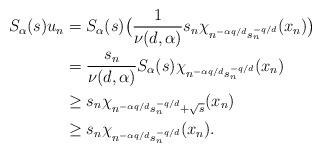
LaTeX: \begin{align*}S_{\alpha}(s)u_{n}&=S_{\alpha}(s)\big(\frac{1}{\nu(d,\alpha)}s_{n}\chi_{n^{-\alpha q/d}s_{n}^{-q/d}}(x_{n})\big)\\&=\frac{s_{n}}{\nu(d,\alpha)}S_{\alpha}(s)\chi_{n^{-\alpha q/d}s_{n}^{-q/d}}(x_{n})\\&\geq s_{n}\chi_{n^{-\alpha q/d}s_{n}^{-q/d}+\sqrt{s}}(x_{n})\\&\geq s_{n}\chi_{n^{-\alpha q/d}s_{n}^{-q/d}}(x_{n}).\end{align*}